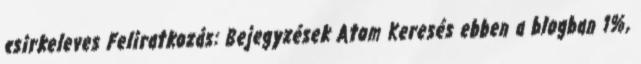
csirkeleves Feliratkozás: Bejegyzések Atom Keresés ebben a blogban 1%,